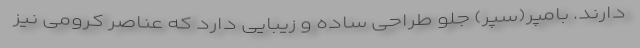
دارند. بامپر(سپر) جلو طراحی ساده و زیبایی دارد که عناصر کرومی نیز